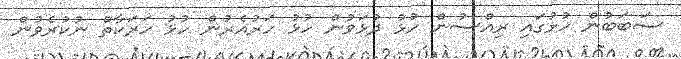
ސަބަބުން ހުޅުގައި ރިއްސުން ހުޅު ދުޅަވުން ހުޅު ހަރުއެރުން ހުޅު ހަރަކާތް ނުކުރެވުން